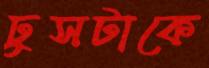
ঢুসটাকে